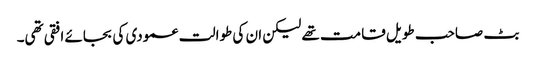
بٹ صاحب طویل قامت تھے لیکن ان کی طوالت عمودی کی بجائے افقی تھی۔